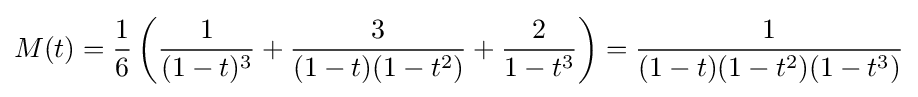
M(t)={\frac {1}{6}}\left({\frac {1}{(1-t)^{3}}}+{\frac {3}{(1-t)(1-t^{2})}}+{\frac {2}{1-t^{3}}}\right)={\frac {1}{(1-t)(1-t^{2})(1-t^{3})}}